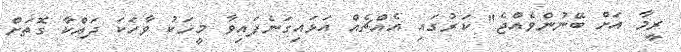
ރީމާ އަށް ބޭނުންވެއްޖެ" ކަރުގައި އެއްޗެއް އަޅައިގަނެފައިވާ މީހަކު ވާހަކަ ދައްކާ ގޮތަށް